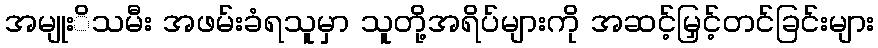
အမျုးိသမီး အဖမ်းခံရသူမှာ သူတို့အရိပ်များကို အဆင့်မြှင့်တင်ခြင်းများ